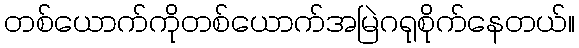
တစ်ယောက်ကိုတစ်ယောက်အမြဲဂရုစိုက်နေတယ်။